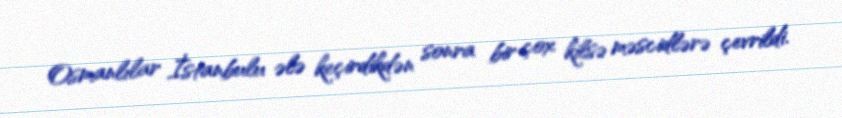
Osmanlılar İstanbulu ələ keçirdikdən sonra bir çox kilsə məscidlərə çevrildi.